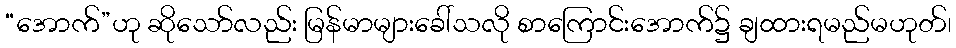
“အောက်”ဟု ဆိုသော်လည်း မြန်မာများခေါ်သလို စာကြောင်းအောက်၌ ချထားရမည်မဟုတ်၊